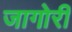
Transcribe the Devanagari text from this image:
जागोरी